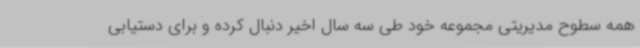
همه سطوح مدیریتی مجموعه خود طی سه سال اخیر دنبال کرده و برای دستیابی